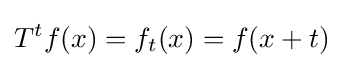
T^{t}f(x)=f_{t}(x)=f(x+t)~